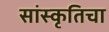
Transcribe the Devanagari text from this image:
सांस्कृतिचा